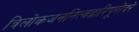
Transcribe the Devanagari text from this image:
त्रिलोकजननित्वद्वारिपूरोदरे